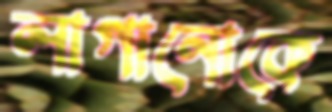
লাগানোকে